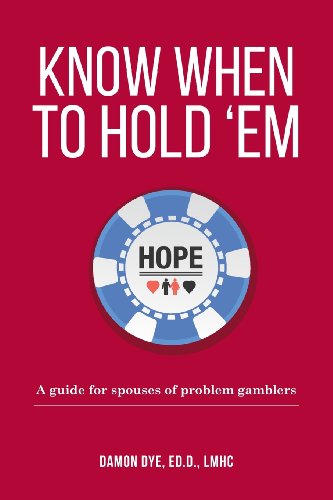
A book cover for Know When To Hold 'Em: A guide for spouses of problem gamblers; EdD, LMHC, Damon Dye; Health, Fitness & Dieting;